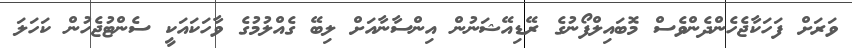
ވަރަށް ފަހަކާޖެހެންދެންވެސް މޮބައިލްފޯނުގެ ރޭޑިއޭޝަނުން އިންސާނާއަށް ލިބޭ ގެއްލުމުގެ ވާހަކައަކީ ސެންޓުޖެހުން ކަހަލަ